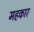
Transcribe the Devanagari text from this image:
महकार